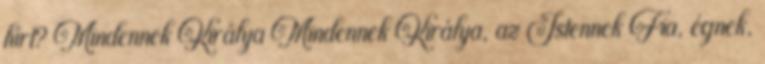
hírt? Mindennek Királya Mindennek Királya, az Istennek Fia, égnek,